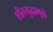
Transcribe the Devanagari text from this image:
शीतयुद्धामुळे